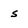
Character: 5